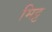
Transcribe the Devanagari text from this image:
मिट्ट